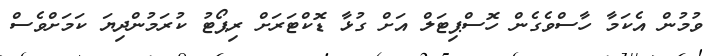
ވުމުން އެކަމާ ހާސްވެގެން ހޮސްޕިޓަލް އަށް ގުޅާ ޑޮކްޓަރަށް ރިޕޯޓު ކުރަމުންދިޔަ ކަމަށްވެސް